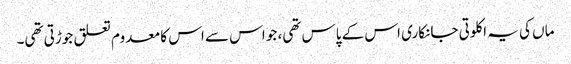
ماں کی یہ اکلوتی جانکاری اس کے پاس تھی، جو اس سے اس کا معدوم تعلق جوڑتی تھی۔